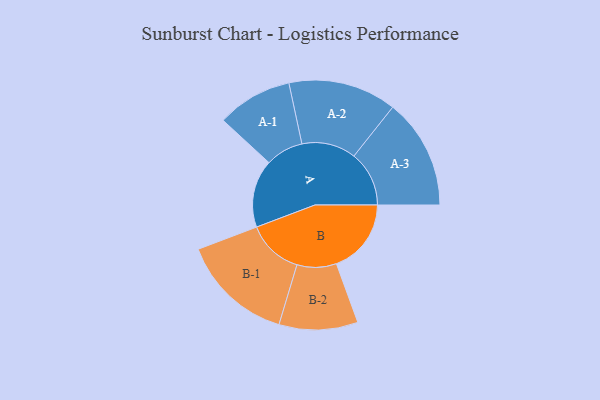
{"axis": {"x": "Segment", "y": "Value"}, "legend": ["", "A", "B"], "data": [{"x": "A", "y": 327, "type": ""}, {"x": "B", "y": 361, "type": ""}, {"x": "A-1", "y": 182, "type": "A"}, {"x": "A-2", "y": 261, "type": "A"}, {"x": "A-3", "y": 266, "type": "A"}, {"x": "B-1", "y": 271, "type": "B"}, {"x": "B-2", "y": 190, "type": "B"}]}